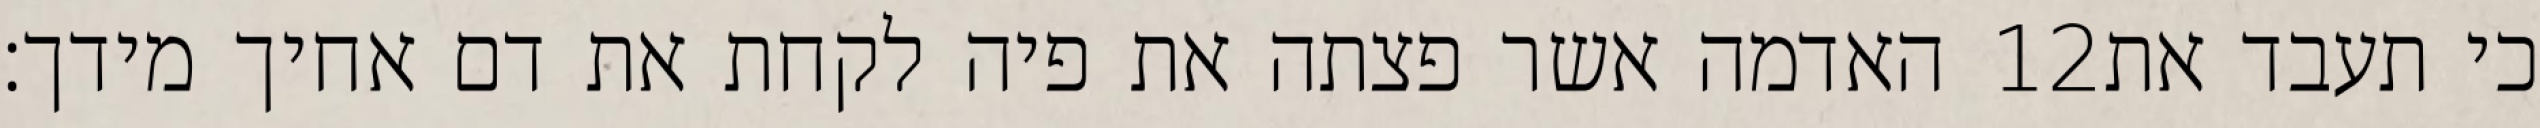
האדמה אשר פצתה את פיה לקחת את דם אחיך מידך׃ ‎12‏ כי תעבד את